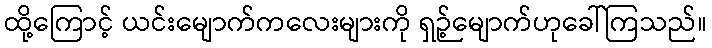
ထို့ကြောင့် ယင်းမျောက်ကလေးများကို ရှဉ့်မျောက်ဟုခေါ်ကြသည်။